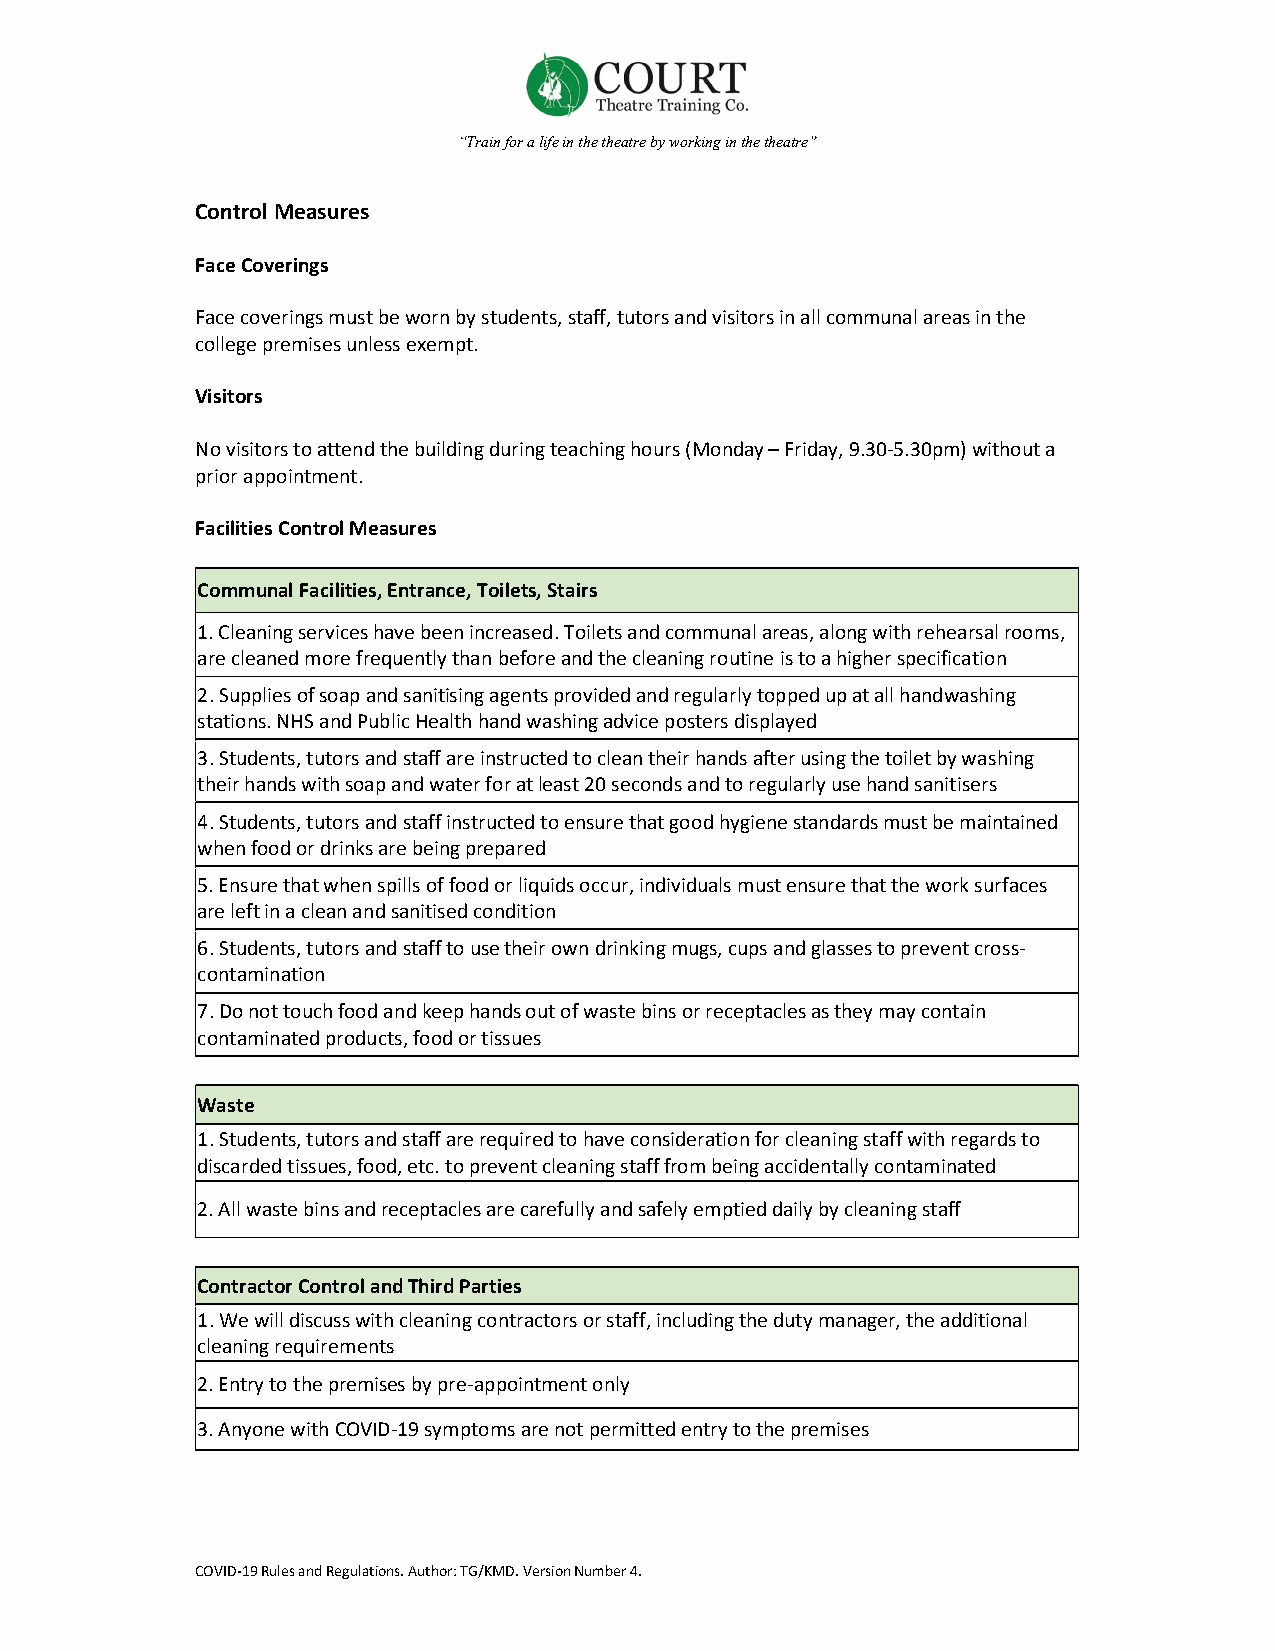
“Train for a life in the theatre by working in the theatre”
 Control Measures
 Face Coverings
 Face coverings must be worn by students, staff, tutors and visitors in all communal areas in the
 college premises unless exempt.
 Visitors
 No visitors to attend the building during teaching hours (Monday – Friday, 9.30-5.30pm) without a
 prior appointment.
 Facilities Control Measures
 Communal Facilities, Entrance, Toilets, Stairs
 1. Cleaning services have been increased. Toilets and communal areas, along with rehearsal rooms,
 are cleaned more frequently than before and the cleaning routine is to a higher specification
 2. Supplies of soap and sanitising agents provided and regularly topped up at all handwashing
 stations. NHS and Public Health hand washing advice posters displayed
 3. Students, tutors and staff are instructed to clean their hands after using the toilet by washing
 their hands with soap and water for at least 20 seconds and to regularly use hand sanitisers
 4. Students, tutors and staff instructed to ensure that good hygiene standards must be maintained
 when food or drinks are being prepared
 5. Ensure that when spills of food or liquids occur, individuals must ensure that the work surfaces
 are left in a clean and sanitised condition
 6. Students, tutors and staff to use their own drinking mugs, cups and glasses to prevent cross-
 contamination
 7. Do not touch food and keep hands out of waste bins or receptacles as they may contain
 contaminated products, food or tissues
 Waste
 1. Students, tutors and staff are required to have consideration for cleaning staff with regards to
 discarded tissues, food, etc. to prevent cleaning staff from being accidentally contaminated
 2. All waste bins and receptacles are carefully and safely emptied daily by cleaning staff
 Contractor Control and Third Parties
 1. We will discuss with cleaning contractors or staff, including the duty manager, the additional
 cleaning requirements
 2. Entry to the premises by pre-appointment only
 3. Anyone with COVID-19 symptoms are not permitted entry to the premises
 COVID-19 Rules and Regulations. Author: TG/KMD. Version Number 4.